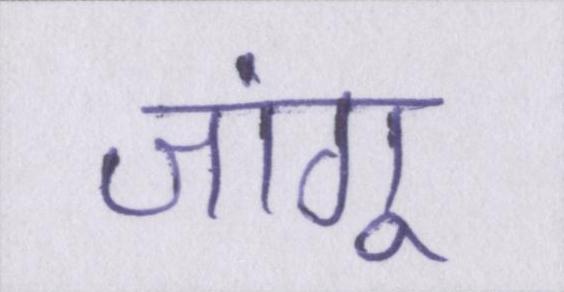
जांगू